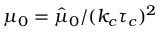
\mu _ { 0 } = \hat { \mu } _ { 0 } / ( k _ { c } \tau _ { c } ) ^ { 2 }